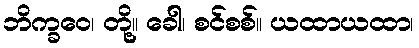
ဘိက္ခဝေ၊ တို့။ ခေါ၊ စင်စစ်။ ယထာယထာ၊